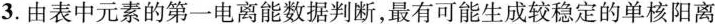
3.由表中元素的第一电离能数据判断，最有可能生成较稳定的单核阳离